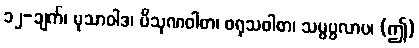
၁၂-ချက်၊ မုသာဝါဒ၊ ပိသုဏဝါစာ၊ ဖရုသဝါစာ၊ သမ္ဖပ္ပလာပ၊ (ဤ)